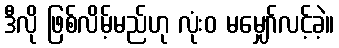
ဒီလို ဖြစ်လိမ့်မည်ဟု လုံးဝ မမျှော်လင့်ခဲ့။